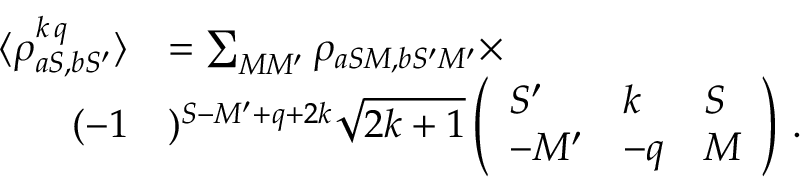
\begin{array} { r l } { \langle \rho _ { a S , b S ^ { \prime } } ^ { k \, q } \rangle } & { = \sum _ { M M ^ { \prime } } \rho _ { a S M , b S ^ { \prime } M ^ { \prime } } \times } \\ { ( - 1 } & { ) ^ { S - M ^ { \prime } + q + 2 k } \sqrt { 2 k + 1 } \left( \begin{array} { l l l } { S ^ { \prime } } & { k } & { S } \\ { - M ^ { \prime } } & { - q } & { M } \end{array} \right) \, . } \end{array}